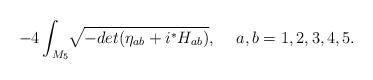
LaTeX: \begin{align*}-4\int_{M_5}{}\sqrt[]{-det(\eta_{ab}+i{}^*H_{ab})}, \hskip .5cma,b=1,2,3,4,5.\end{align*}